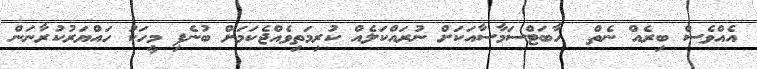
އެއްވެސް ބިރެއް ނެތް  ހާބަޓްސަމާސާއަކަށް ނުރައްކަލެއް ކުރިމަތިވެއްޖެކަަމަށް ބުނެފި މީހަކު ހައްޔަރުކުރާނަން